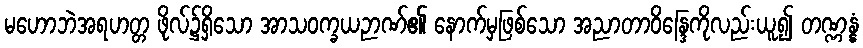
မဟောဘဲအရဟတ္တ ဖိုလ်၌ရှိသော အာသဝက္ခယဉာဏ်၏ နောက်မှဖြစ်သော အညာတာဝိန္ဒြေကိုလည်းယူ၍ တဏ္ဏန္နံ